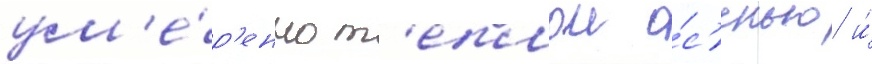
ум'е́р'енно т'еплои о́с'енью и́